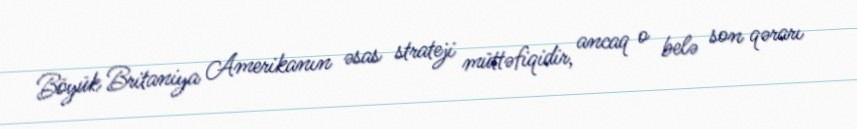
Böyük Britaniya Amerikanın əsas strateji müttəfiqidir, ancaq o belə son qərarı